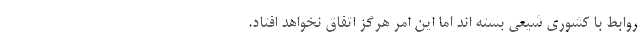
روابط با کشوری شیعی بسته اند اما این امر هرگز اتفاق نخواهد افتاد.